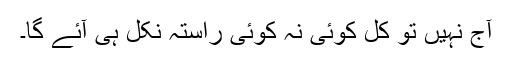
آج نہیں تو کل کوئی نہ کوئی راستہ نکل ہی آئے گا۔